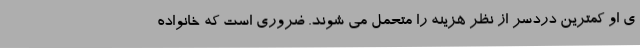
ی او کمترین دردسر از نظر هزینه را متحمل می شوند. ضروری است که خانواده